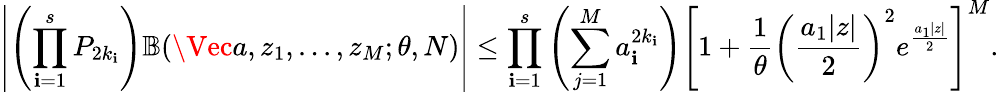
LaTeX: \left|\left(\prod_{\mathbf{i}=1}^{s}P_{2k_{\mathbf{i}}}\right)\mathbb{{B}}(\Vec{a},z_{1},...,z_{M};\theta,N)\right|\le\prod_{\mathbf{i}=1}^{s}\left(\sum_{j=1}^{M}a_{\mathbf{i}}^{2k_{\mathbf{i}}}\right)\left[1+\frac{{1}}{{\theta}}\left(\frac{{a_{1}|z|}}{{2}}\right)^{2}e^{\frac{{a_{1}|z|}}{{2}}}\right]^{M}.